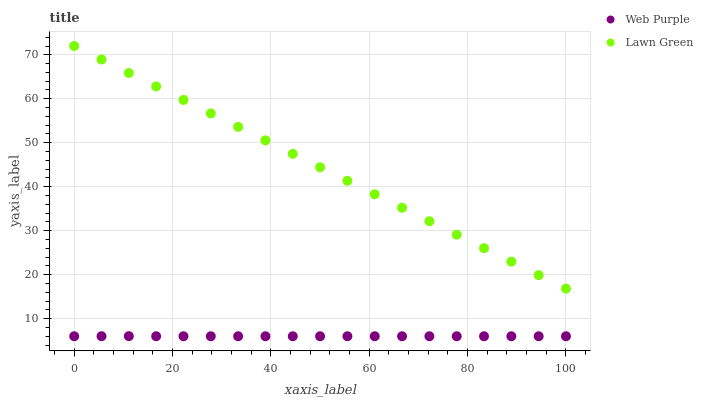
| xaxis_label | Web Purple | Lawn Green |
 | --- | --- | --- |
 | 0 | 6 | 72 |
 | 5.56 | 6.01 | 68.9 |
 | 11.1 | 6.02 | 65.9 |
 | 16.7 | 6 | 62.8 |
 | 22.2 | 6 | 59.7 |
 | 27.8 | 6 | 56.7 |
 | 33.3 | 6 | 53.6 |
 | 38.9 | 6 | 50.5 |
 | 44.4 | 6 | 47.5 |
 | 50 | 6 | 44.4 |
 | 55.6 | 6 | 41.4 |
 | 61.1 | 6 | 38.3 |
 | 66.7 | 6 | 35.2 |
 | 72.2 | 6 | 32.2 |
 | 77.8 | 6 | 29.1 |
 | 83.3 | 6 | 26 |
 | 88.9 | 6 | 23 |
 | 94.4 | 6 | 19.9 |
 | 100 | 6 | 16.8 |